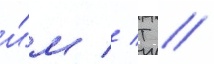
и́м // Т //